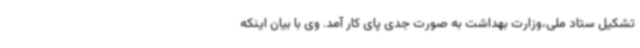
تشکیل ستاد ملی،وزارت بهداشت به صورت جدی پای کار آمد. وی با بیان اینکه